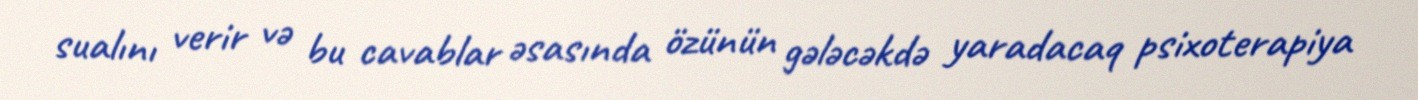
sualını verir və bu cavablar əsasında özünün gələcəkdə yaradacaq psixoterapiya